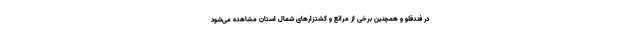
در فندقلو و همچنین برخی از مراتع و کشتزارهای شمال استان مشاهده می‌شود